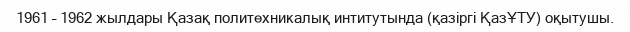
1961 – 1962 жылдары Қазақ политехникалық интитутында (қазіргі ҚазҰТУ) оқытушы.